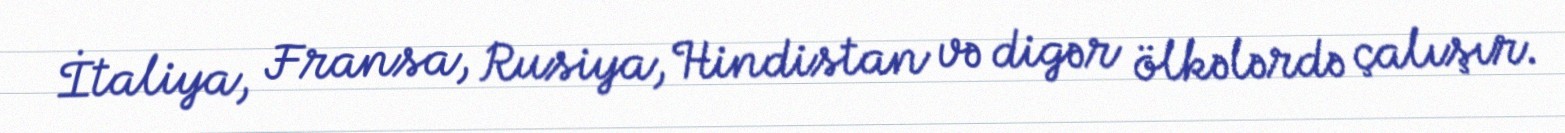
İtaliya, Fransa, Rusiya, Hindistan və digər ölkələrdə çalışır.